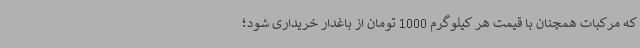
که مرکبات همچنان با قیمت هر کیلوگرم 1000 تومان از باغدار خریداری شود؛